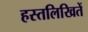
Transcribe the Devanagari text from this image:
हस्तलिखितें